Indian journal of veterinary science and animal husbandry - Volume 1,
Year: 1931
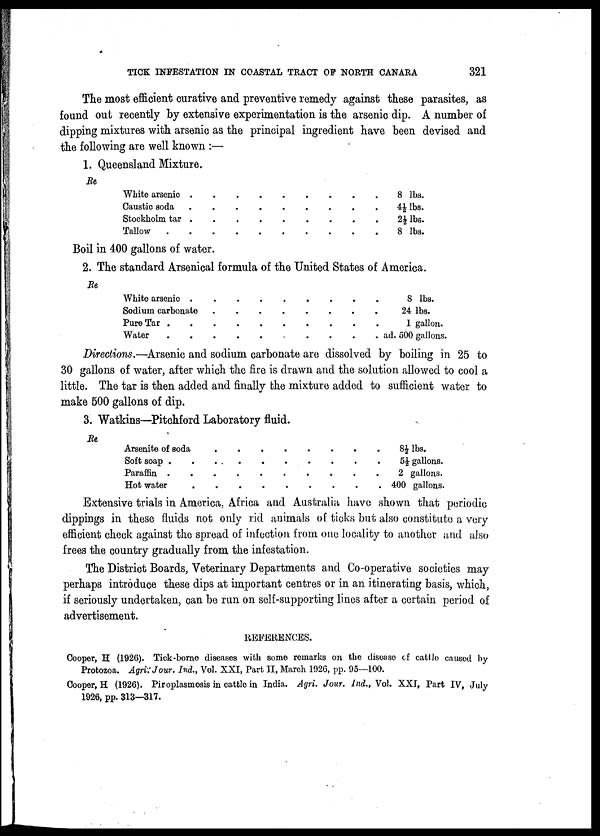
TICK INFESTATION IN COASTAL TRACT OF NORTH CANARA
321
The most efficient curative and preventive remedy against these parasites, as
found out recently by extensive experimentation is the arsenic dip. A number of
dipping mixtures with arsenic as the principal ingredient have been devised and
the following are well known :—
1. Queensland Mixture.
Re
White arsenic
Caustic soda
Stockholm tar
Tallow
8 lbs.
4½lbs.
2½ lbs.
8 lbs.
Boil in 400 gallons of water.
2. The standard Arsenical formula of the United States of America.
Re
White arsenic
Sodium carbonate
Pure Tar
Water
8 lbs.
24 lbs.
1 gallon.
ad. 500 gallons.
Directions.—Arsenic and sodium carbonate are dissolved by boiling in 25 to
30 gallons of water, after which the fire is drawn and the solution allowed to cool a
little. The tar is then added and finally the mixture added to sufficient water to
make 500 gallons of dip.
3. Watkins—Pitchford Laboratory fluid.
Re.
Arsenite of soda
Soft soap
Paraffin
Hot water
8½ lbs.
5½ gallons.
2 gallons.
400 gallons.
Extensive trials in America, Africa and Australia have shown that periodic
dippings in these fluids not only rid animals of ticks but also constitute a very
efficient check against the spread of infection from one locality to another and also
frees the country gradually from the infestation.
The District Boards, Veterinary Departments and Co-operative societies may
perhaps introduce these dips at important centres or in an itinerating basis, which,
if seriously undertaken, can be run on self-supporting lines after a certain period of
advertisement.
REFERENCES.
Cooper, H (1926). Tick-borne diseases with some remarks on the disease of cattle caused by
Protozoa. Agri: Jour. Ind., Vol. XXI, Part II, March 1926, pp. 95—100.
Cooper, H (1926). Piroplasmosis in cattle in India. Agri. Jour. Ind., Vol. XXI, Part IV, July
1926, pp. 313—317.